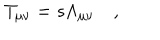
T _ { \mu \nu } = s \Lambda _ { \mu \nu } \quad ,